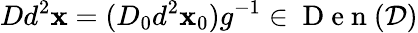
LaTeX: Dd^{2}\mathbf{x}=(D_{0}d^{2}\mathbf{x}_{0})g^{-1}\in\mathrm{{~D~e~n~}}(\mathcal{{D}})